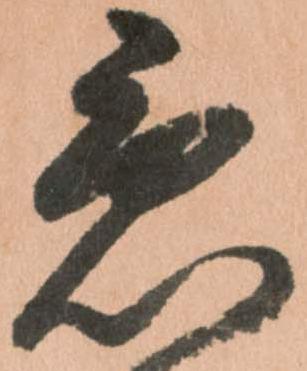
急